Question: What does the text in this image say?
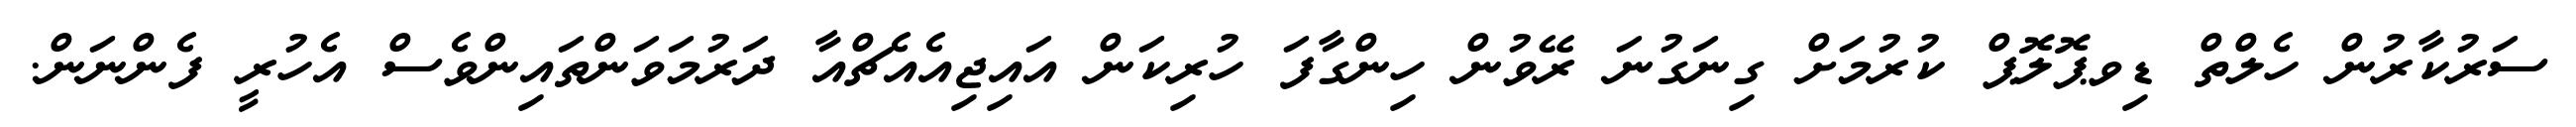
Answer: ސަރުކާރުން ހެލްތް ޑިވޕޮލޮޕް ކުރުމަށް ގިނަގުނަ ރޭވުން ހިންގާފަ ހުރިކަން އައިޖިއެއެޗްއާ ދަރުމަވަންތައިންވެސް އެހުރީ ފެންނަން.